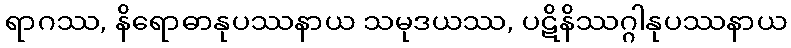
ရာဂဿ, နိရောဓာနုပဿနာယ သမုဒယဿ, ပဋိနိဿဂ္ဂါနုပဿနာယ